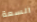
السعة